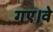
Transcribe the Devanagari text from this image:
गए।वे